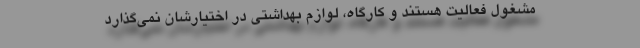
مشغول فعالیت هستند و کارگاه، لوازم بهداشتی در اختیارشان نمی‌گذارد